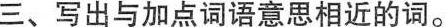
三、写出与加点词语意思相近的词。